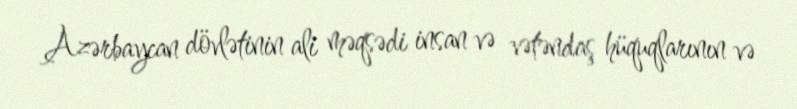
Azərbaycan dövlətinin ali məqsədi insan və vətəndaş hüquqlarının və